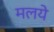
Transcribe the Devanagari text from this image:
मलये